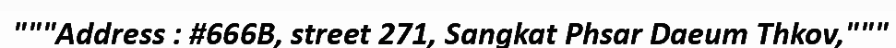
"""Address : #666B, street 271, Sangkat Phsar Daeum Thkov,"""